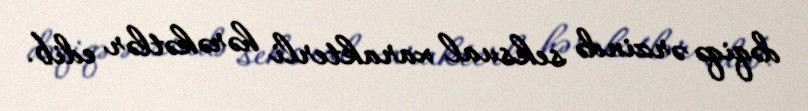
dəqiqə ərzində seksual xarakterli hərəkətlər edib.